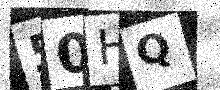
Text: 50HQ